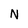
Character: N